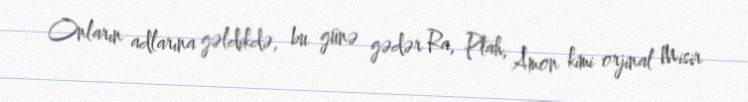
Onların adlarına gəldikdə, bu günə gədər Ra, Ptah, Amon kimi orjinal Misir